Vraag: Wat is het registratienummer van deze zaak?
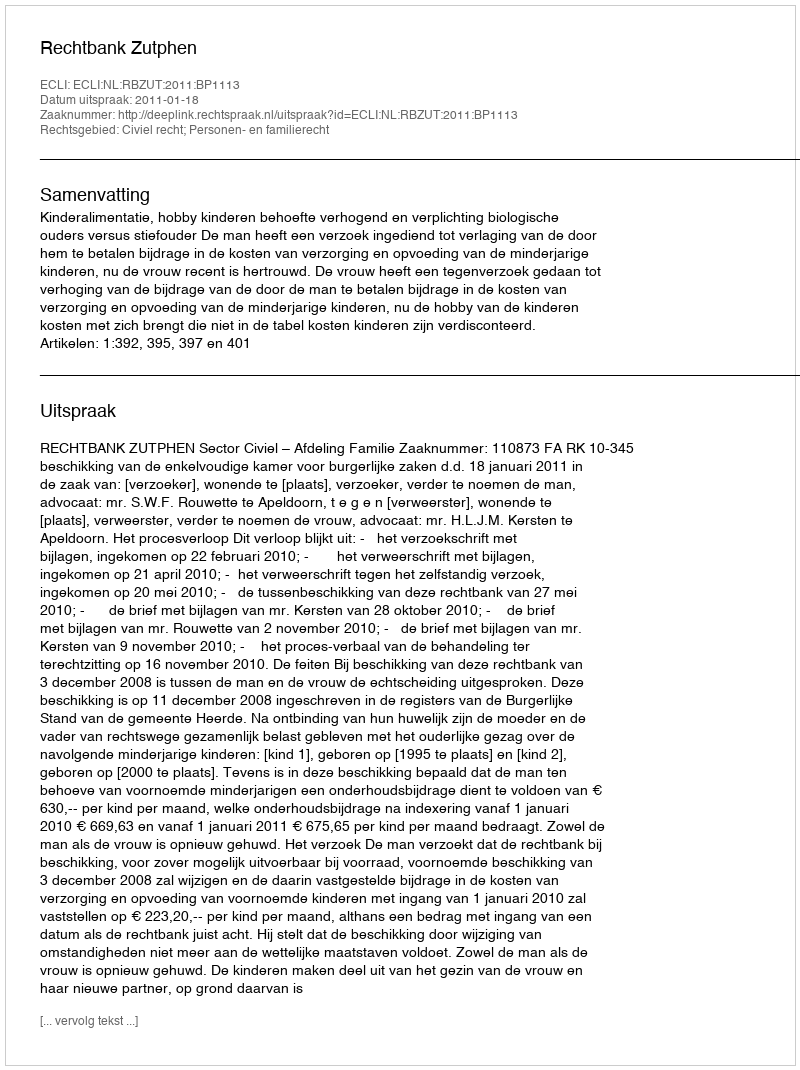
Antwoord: http://deeplink.rechtspraak.nl/uitspraak?id=ECLI:NL:RBZUT:2011:BP1113